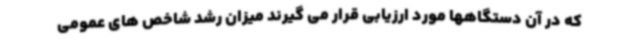
که در آن دستگاهها مورد ارزیابی قرار می گیرند میزان رشد شاخص های عمومی